Vaccination in Bombay 1869-1873 - 1869-1873
Year: 1869
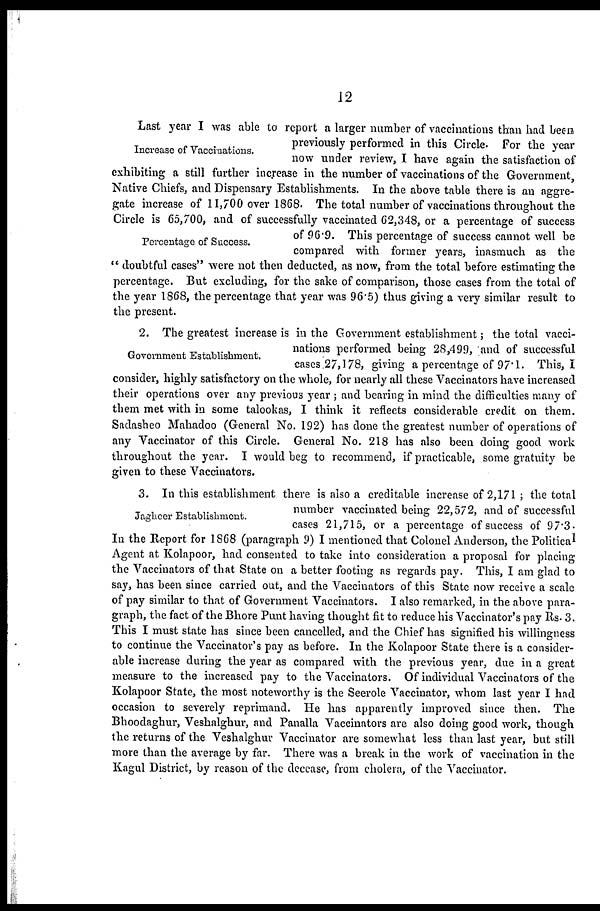
12
Increase of Vaccinations.
Percentage of Success.
Last year I was able to report a larger number of vaccinations than had been
previously performed in this Circle. For the year
now under review, I have again the satisfaction of
exhibiting a still further increase in the number of vaccinations of the Government,
Native Chiefs, and Dispensary Establishments. In the above table there is an aggre-
gate increase of 11,700 over 1868. The total number of vaccinations throughout the
Circle is 65,700, and of successfully vaccinated 62,348, or a percentage of success
of 96.9. This percentage of success cannot well be
compared with former years, inasmuch as the
" doubtful cases" were not then deducted, as now, from the total before estimating the
percentage. But excluding, for the sake of comparison, those cases from the total of
the year 1868, the percentage that year was 96.5) thus giving a very similar result to
the present.
Government Establishment.
2. The greatest increase is in the Government establishment; the total vacci-
nations performed being 28,499, and of successful
cases 27,178, giving a percentage of 97.1. This, I
consider, highly satisfactory on the whole, for nearly all these Vaccinators have increased
their operations over any previous year ; and bearing in mind the difficulties many of
them met with in some talookas, I think it reflects considerable credit on them.
Sadasheo Mahadoo (General No. 192) has done the greatest number of operations of
any Vaccinator of this Circle. General No. 218 has also been doing good work
throughout the year. I would beg to recommend, if practicable, some gratuity be
given to these Vaccinators.
Jaghcer Establishment.
3. In this establishment there is also a creditable increase of 2,171 ; the total
number vaccinated being 22,572, and of successful
cases 21,715, or a percentage of success of 97.3.
In the Report for 1868 (paragraph 9) I mentioned that Colonel Anderson, the Political
Agent at Kolapoor, had consented to take into consideration a proposal for placing
the Vaccinators of that State on a better footing as regards pay. This, I am glad to
say, has been since carried out, and the Vaccinators of this State now receive a scale
of pay similar to that of Government Vaccinators. I also remarked, in the above para-
graph, the fact of the Bhore Punt having thought fit to reduce his Vaccinator's pay Rs. 3.
This I must state has since been cancelled, and the Chief has signified his willingness
to continue the Vaccinator's pay as before. In the Kolapoor State there is a consider-
able increase during the year as compared with the previous year, due in a great
measure to the increased pay to the Vaccinators. Of individual Vaccinators of the
Kolapoor State, the most noteworthy is the Seerole Vaccinator, whom last year I had
occasion to severely reprimand. He has apparently improved since then. The
Bhoodaghur, Veshalghur, and Panalla Vaccinators are also doing good work, though
the returns of the Veshalghur Vaccinator are somewhat less than last year, but still
more than the average by far. There was a break in the work of vaccination in the
Kagul District, by reason of the decease, from cholera, of the Vaccinator.